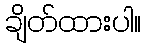
ချိတ်ထားပါ။